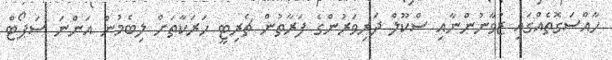
ހާއްސަގޮތެއްގައި ޒުވާނުންނާއި ސްކޫލް ދަރިވަރުންގެ ފަރާތުން ޗެރިޓީ ހަރަކާތަށް ލިބެމުން އަންނަ ސަޕޯޓް